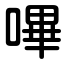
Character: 嗶